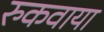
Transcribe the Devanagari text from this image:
रुकवाया